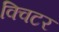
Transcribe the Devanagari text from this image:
क्विटर